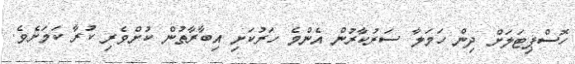
ހޮސްޕިޓަލަށް ދިން ހަމަލާ ސަރުކާރުން އެންމެ ހަރުކަށި އިބާރާތުން ކުށްވެރި ކުރާ ކަމަށެވެ.